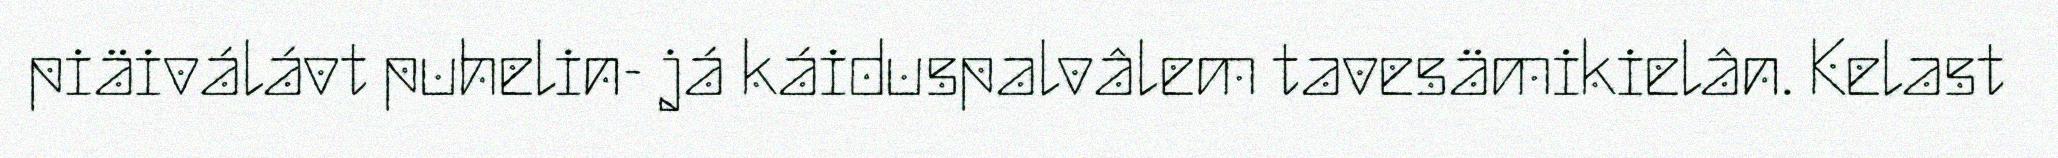
piäiválávt puhelin- já káiduspalvâlem tavesämikielân. Kelast